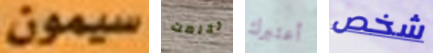
سيمون تخلصت أعتبرك شخص